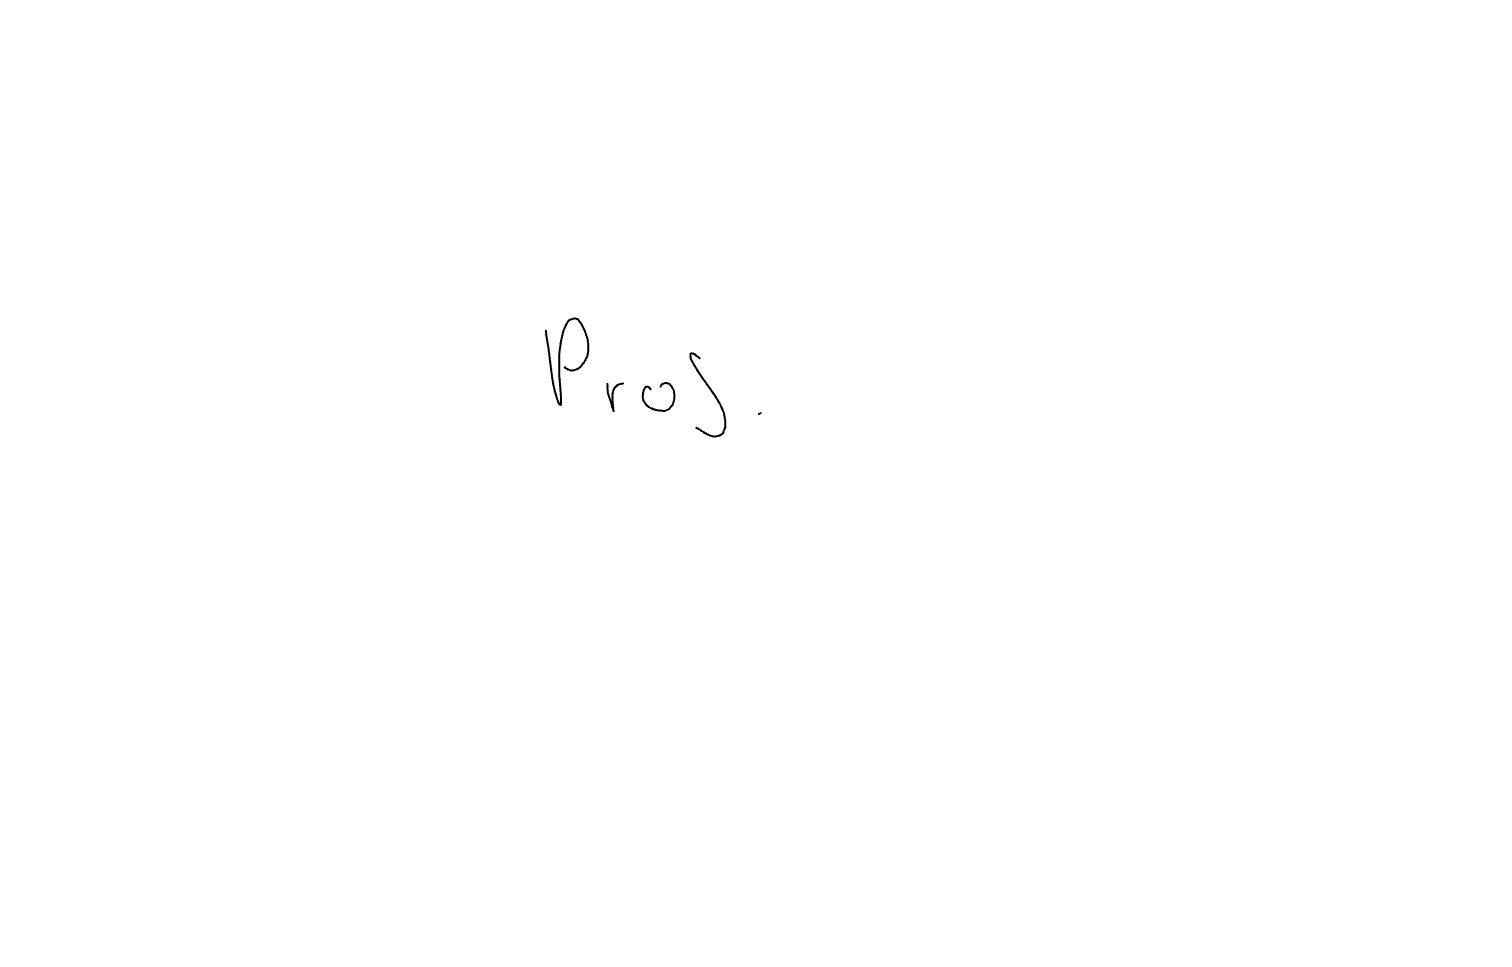
Text: Prof.